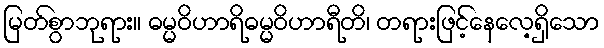
မြတ်စွာဘုရား။ ဓမ္မဝိဟာရိဓမ္မဝိဟာရီတိ၊ တရားဖြင့်နေလေ့ရှိသော